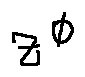
z ^ { \phi }